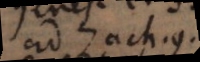
ad Zach. 9.